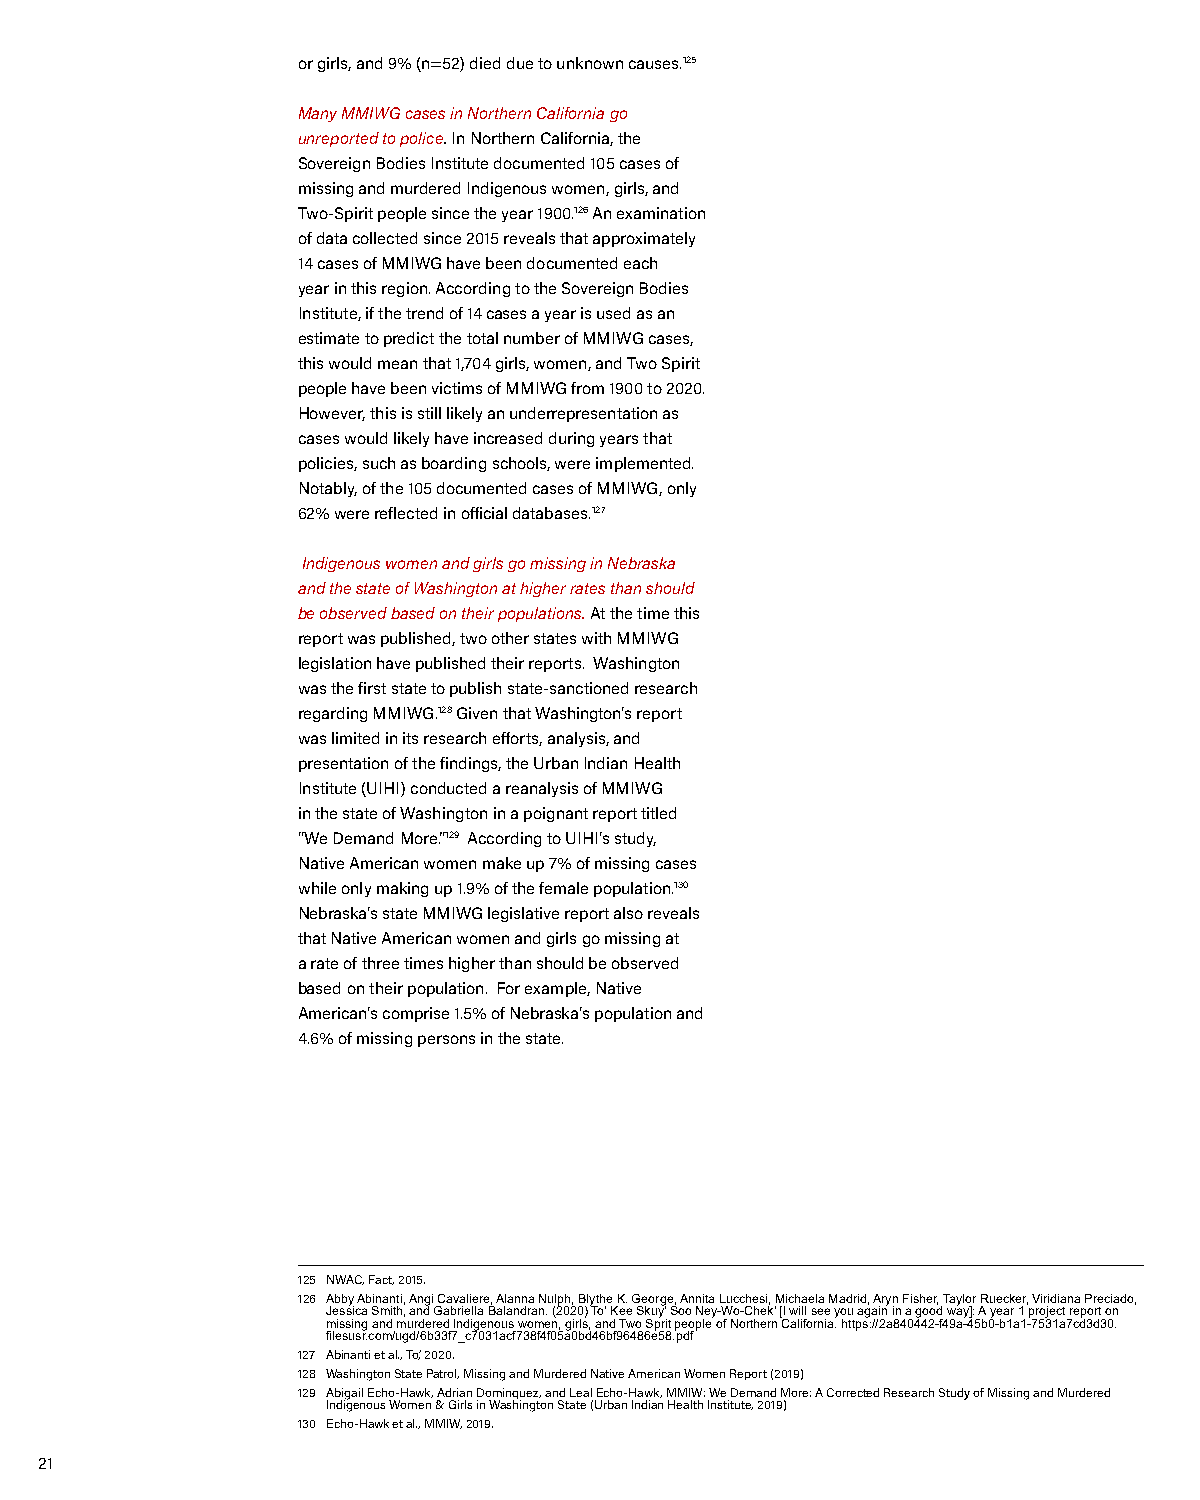
or girls, and 9% (n=52) died due to unknown causes.125
 Many MMIWG cases in Northern California go
 unreported to police. In Northern California, the
 Sovereign Bodies Institute documented 105 cases of
 missing and murdered Indigenous women, girls, and
 Two-Spirit people since the year 1900.126 An examination
 of data collected since 2015 reveals that approximately
 14 cases of MMIWG have been documented each
 year in this region. According to the Sovereign Bodies
 Institute, if the trend of 14 cases a year is used as an
 estimate to predict the total number of MMIWG cases,
 this would mean that 1,704 girls, women, and Two Spirit
 people have been victims of MMIWG from 1900 to 2020.
 However, this is still likely an underrepresentation as
 cases would likely have increased during years that
 policies, such as boarding schools, were implemented.
 Notably, of the 105 documented cases of MMIWG, only
 62% were reflected in official databases.127
 Indigenous women and girls go missing in Nebraska
 and the state of Washington at higher rates than should
 be observed based on their populations. At the time this
 report was published, two other states with MMIWG
 legislation have published their reports. Washington
 was the first state to publish state-sanctioned research
 regarding MMIWG.128 Given that Washington’s report
 was limited in its research efforts, analysis, and
 presentation of the findings, the Urban Indian Health
 Institute (UIHI) conducted a reanalysis of MMIWG
 in the state of Washington in a poignant report titled
 “We Demand More.”129 According to UIHI’s study,
 Native American women make up 7% of missing cases
 while only making up 1.9% of the female population.130
 Nebraska’s state MMIWG legislative report also reveals
 that Native American women and girls go missing at
 a rate of three times higher than should be observed
 based on their population. For example, Native
 American’s comprise 1.5% of Nebraska’s population and
 4.6% of missing persons in the state.
 125 NWAC, Fact, 2015.
 126 Abby Abinanti, Angi Cavaliere, Alanna Nulph, Blythe K. George, Annita Lucchesi, Michaela Madrid, Aryn Fisher, Taylor Ruecker, Viridiana Preciado,
 Jessica Smith, and Gabriella Balandran. (2020) To’ Kee Skuy’ Soo Ney-Wo-Chek’ [I will see you again in a good way]: A year 1 project report on
 missing and murdered Indigenous women, girls, and Two Sprit people of Northern California. https://2a840442-f49a-45b0-b1a1-7531a7cd3d30.
 filesusr.com/ugd/6b33f7_c7031acf738f4f05a0bd46bf96486e58.pdf
 127 Abinanti et al., To’, 2020.
 128 Washington State Patrol, Missing and Murdered Native American Women Report (2019)
 129 Abigail Echo-Hawk, Adrian Dominquez, and Leal Echo-Hawk, MMIW: We Demand More: A Corrected Research Study of Missing and Murdered
 Indigenous Women & Girls in Washington State (Urban Indian Health Institute, 2019)
 130 Echo-Hawk et al., MMIW, 2019.
 21